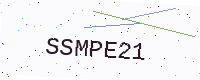
Text: SSMPE21